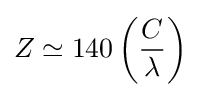
Z\simeq 140\left({\frac {C}{\lambda }}\right)